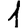
Digit: 1